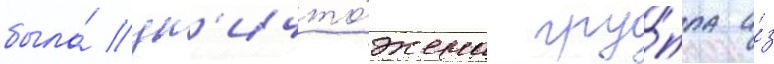
была́ ун'ичто́жена гру́ппа и́з